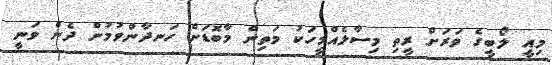
މިއީ ލޯބީގެ ވަރަށް ރީތި މިސާލެއްމީހަކު މަތިން މާބޮޑަށް ހަނދާންވުމުން ދެން ވަނީ